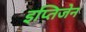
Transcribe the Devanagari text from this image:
इप्तिजेन